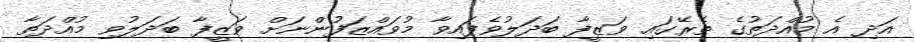
އަދި އެ މުއްދަތުގެ ތެރޭގައި ވަޒީފާ ބަދަލުވެފައިވާ މުވައްޒަފުންނަށް ވަޒީފާ ބަދަލުވި މުއްދަތާ